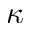
\kappa